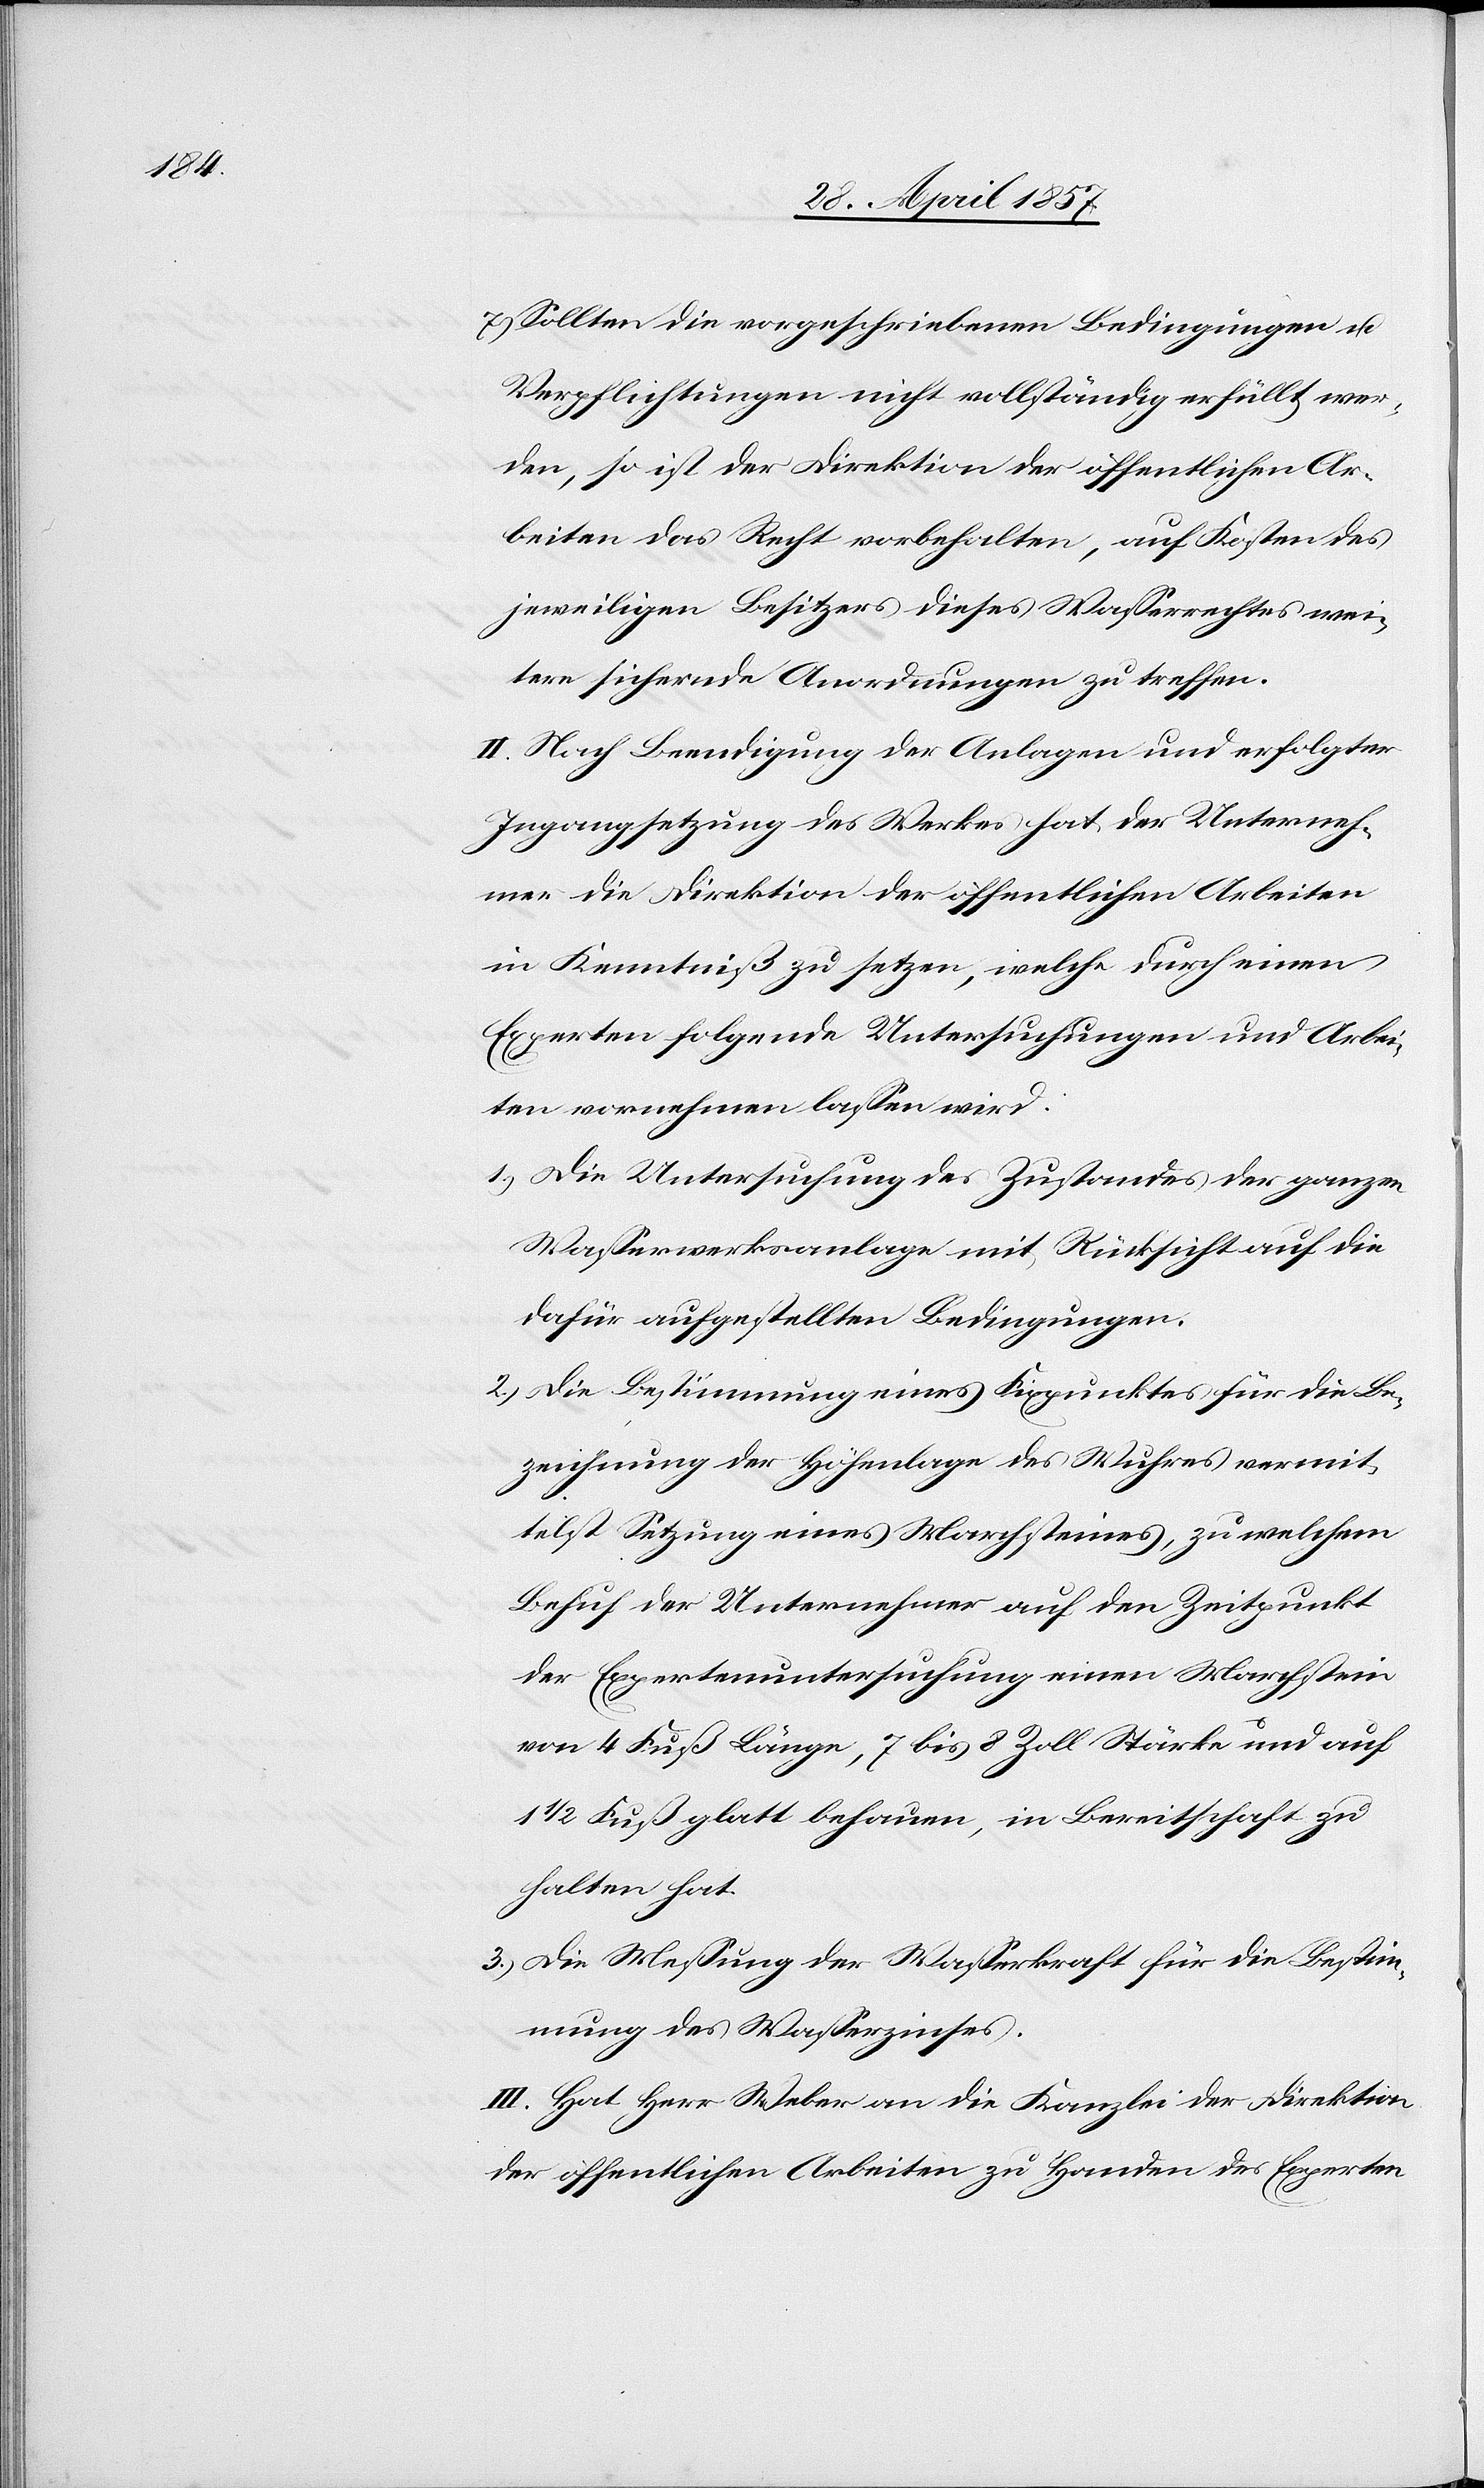
7.) Sollten die vorgeschriebenen Bedingungen u.
Verpflichtungen nicht vollständig erfüllt wer¬
den, so ist der Direktion der öffentlichen Ar¬
beiten das Recht vorbehalten, auf Kosten des
jeweiligen Besitzers dieses Wasserrechtes wei¬
tere sichernde Anordnungen zu treffen.
II. Nach Beendigung der Anlagen und erfolgter
Ingangsetzung des Werkes hat der Unterneh¬
mer die Direktion der öffentlichen Arbeiten
in Kenntniß zu setzen, welche durch einen
Experten folgende Untersuchungen und Arbei¬
ten vornehmen laßen wird:
1.) Die Untersuchung des Zustandes der ganzen
Waßerwerksanlagen mit Rücksicht auf die
dafür aufgestellten Bedingungen.
2.) Die Bestimmung eines Fixpunktes für die Be¬
zeichnung der Höhenlage des Wuhres vermit¬
telst Setzung eines Marchsteines, zu welchem
Behuf der Unternehmer auf den Zeitpunkt
der Expertenuntersuchung einen Marchstein
von 4 Fuß Länge, 7 bis 8 Zoll Stärke und auf
1/2 Fuß glatt behauen, in Bereitschaft zu
halten hat.
3.) Die Meßung der Waßerkraft für die Bestim¬
mung des Waßerzinses.
III. Hat Herr Weber an die Kanzlei der Direktion
der öffentlichen Arbeiten zu Handen des Experten